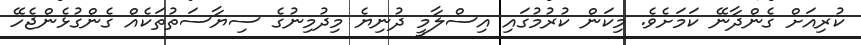
ކުރިއަށް ގެންދާނޭ ކަމަށެވެ. މިކަން ކުރުމުގައި އިސްލާމީ ދުނިޔެ މިދުމިނުގެ ސިޔާސަތުތަކެއް ގެންގުޅެންޖެހޭ